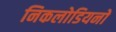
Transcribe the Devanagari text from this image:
निकलोडियनों